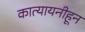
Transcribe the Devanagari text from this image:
कात्यायनीहून